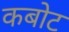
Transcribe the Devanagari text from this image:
कबोट